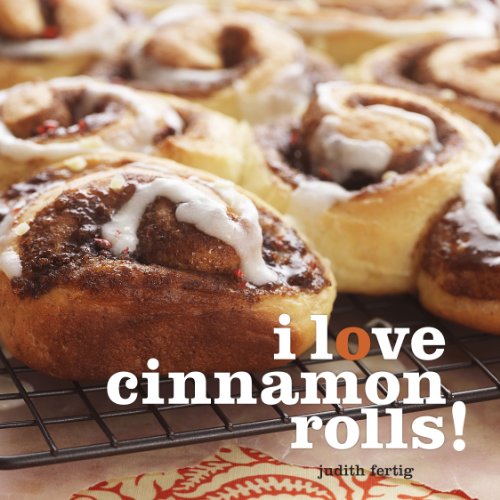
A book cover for I Love Cinnamon Rolls!; Judith Fertig; Cookbooks, Food & Wine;